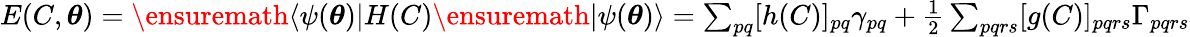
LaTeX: \begin{array}{r}{E(C,{\boldsymbol{\theta}})=\ensuremath{\langle{\psi({\boldsymbol{\theta}})}\rvert}H(C)\ensuremath{\lvert{\psi({\boldsymbol{\theta}})}\rangle}=\sum_{pq}[h(C)]_{pq}\gamma_{pq}+\frac{1}{2}\sum_{pqrs}[g(C)]_{pqrs}\Gamma_{pqrs}}\end{array}